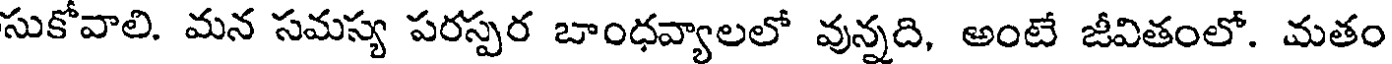
సుకోవాలి. మన సమస్య పరస్పర బాంధవ్యాలలో వున్నది, అంటే జీవితంలో. మతం